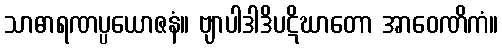
သာဓာရဏပ္ပယောဇနံ။ ဗျာပါဒါဒိပဋိဃာတော အာဝေဏိကံ။